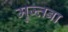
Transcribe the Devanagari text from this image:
मुज्तबा